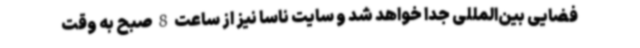
فضایی بین‌المللی جدا خواهد شد و سایت ناسا نیز از ساعت 8 صبح به وقت